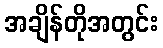
အချိန်တိုအတွင်း